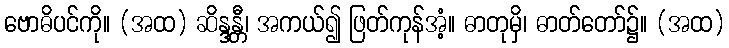
ဗောဓိပင်ကို။ (အထ) ဆိန္ဒန္တီ၊ အကယ်၍ ဖြတ်ကုန်အံ့။ ဓာတုမှိ၊ ဓာတ်တော်၌။ (အထ)